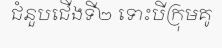
ជំនួបជើងទី២ ទោះបីក្រុមគូ